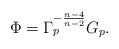
LaTeX: \begin{align*} \Phi = \Gamma_p^{-\frac{n-4}{n-2}}G_p.\end{align*}